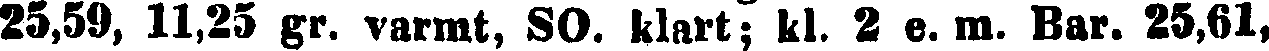
25,59, 11,25 gr. varmt, SO. klart; kl. 2 e. m. Bar. 25,61,